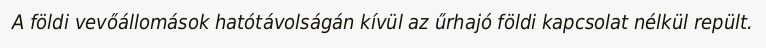
A földi vevőállomások hatótávolságán kívül az űrhajó földi kapcsolat nélkül repült.